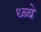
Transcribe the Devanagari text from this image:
ध्ब्बे